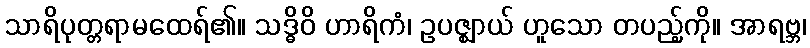
သာရိပုတ္တရာမထေရ်၏။ သဒ္ဓိဝိ ဟာရိကံ၊ ဥပဇ္ဈာယ် ဟူသော တပည့်ကို။ အာရဗ္ဘ၊